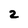
Character: 2